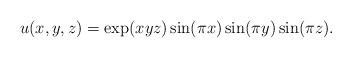
LaTeX: \begin{align*} u(x,y,z) = \exp(xyz)\sin(\pi x)\sin(\pi y)\sin(\pi z). \end{align*}